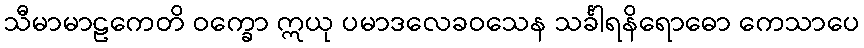
သီမာမာဠကေတိ ဝက္ခော ဣယု ပမာဒလေခဝသေန သင်္ခါရနိရောဓော ကေသာပေ